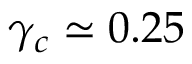
\gamma _ { c } \simeq 0 . 2 5